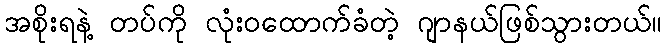
အစိုးရနဲ့ တပ်ကို လုံးဝထောက်ခံတဲ့ ဂျာနယ်ဖြစ်သွားတယ်။